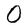
Character: 0